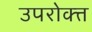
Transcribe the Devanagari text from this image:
उपरोक्त्त